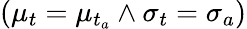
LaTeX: (\mu_{t}=\mu_{t_{a}}\land\sigma_{t}=\sigma_{a})